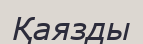
Қаязды